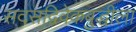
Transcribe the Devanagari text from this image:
सदसद्विवेकबुद्धीला